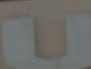
U